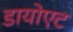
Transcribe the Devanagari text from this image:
डायोएट